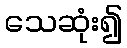
သေဆုံး၍